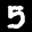
Label: 5